Report on sanitation, dispensaries, and jails in Rajputana for 1919, and on vaccination for the year 1919-1920 - 1919-1920
Year: 1919
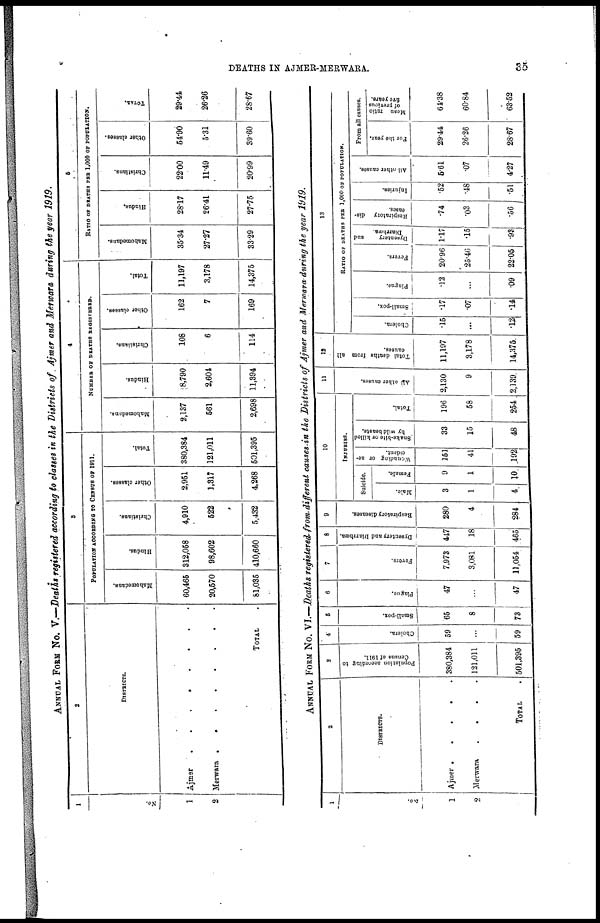
DEATHS IN AJMER-MERWARA.
35
ANNUAL FORM No. V.—Deaths registered according to classes in the Districts of Ajmer and Merwara during the year 1919.
1
No.
1
2
2
DISTRICTS.
Ajmer . . . . .
Merwara . . . . .
TOTAL .
3
POPULATION ACCORDING TO CENSUS OF 1911.
Mahomedans.
60,465
20,570
81,035
Hindus.
312,058
98,602
410,660
Christiant.
4,910
522
5,432
Other classes.
2,951
1,317
4,268
Total.
380,384
121,011
501,395
4
NUMBER OF DEATHS REGISTERED.
Mahomedans.
2,137
561
2,698
Hindus.
8,790
2,604
11,394
Christians.
108
6
114
Other classes.
162
7
169
Total.
11,197
3,178
14,375
5
RATIO OF DEATHS PER 1,000 OF POPULATION.
Mahomedans.
35.34
27.27
33.29
Hindus.
28.17
26.41
27.75
Christians.
22.00
11.49
20.99
Other classes.
54.90
5.31
39.60
TOTAL.
29.44
26.26
28.67
ANNUAL FORM No. VI.—Deaths, registered from different causes in the Districts of Ajmer and Merwara during the year 1919.
1
No.
1
2
2
DISTRICTS.
Ajmer
.
.
.
.
Merwara
.
.
.
.
TOTAL .
3
Population according to
Census of 1911.
380,384
121,011
501,395
4
Cholera.
59
...
59
5
Small-pox.
65
8
73
6
Plague.
47
...
47
7
Fevers.
7,973
3,081
11,054
8
Dysentery and Diarrhœa.
447
18
465
9
Respiratory diseases.
280
4
284
10
INJURIES.
Suicide.
Male.
3
1
4
Female.
9
1
10
Wounding or ac-
cident.
151
41
192
Snake-bite or killed
by wild beasts.
33
15
48
Total.
196
58
254
11
All other causes.
2,130
9
2,139
12
Total deaths from all
causes.
11,197
3,178
14,375
13
RATIO OF DEATHS PER 1,000 OF POPULATION.
Cholera.
.15
...
.12
Small-pox.
.17
.07
.14
Plague.
.12
...
.09
Fevers.
20.96
25.46
22.05
Dysentery
and
Diarrhœa.
1.17
.15
.93
Respiratory dis-
eases.
.74
.03
.56
Injuries.
.52
.48
.51
All other causes.
5.61
.07
4.27
From all causes.
For the year.
29.44
26.26
28.67
Mean ratio
of previous
five years.
64.38
60.84
63.52